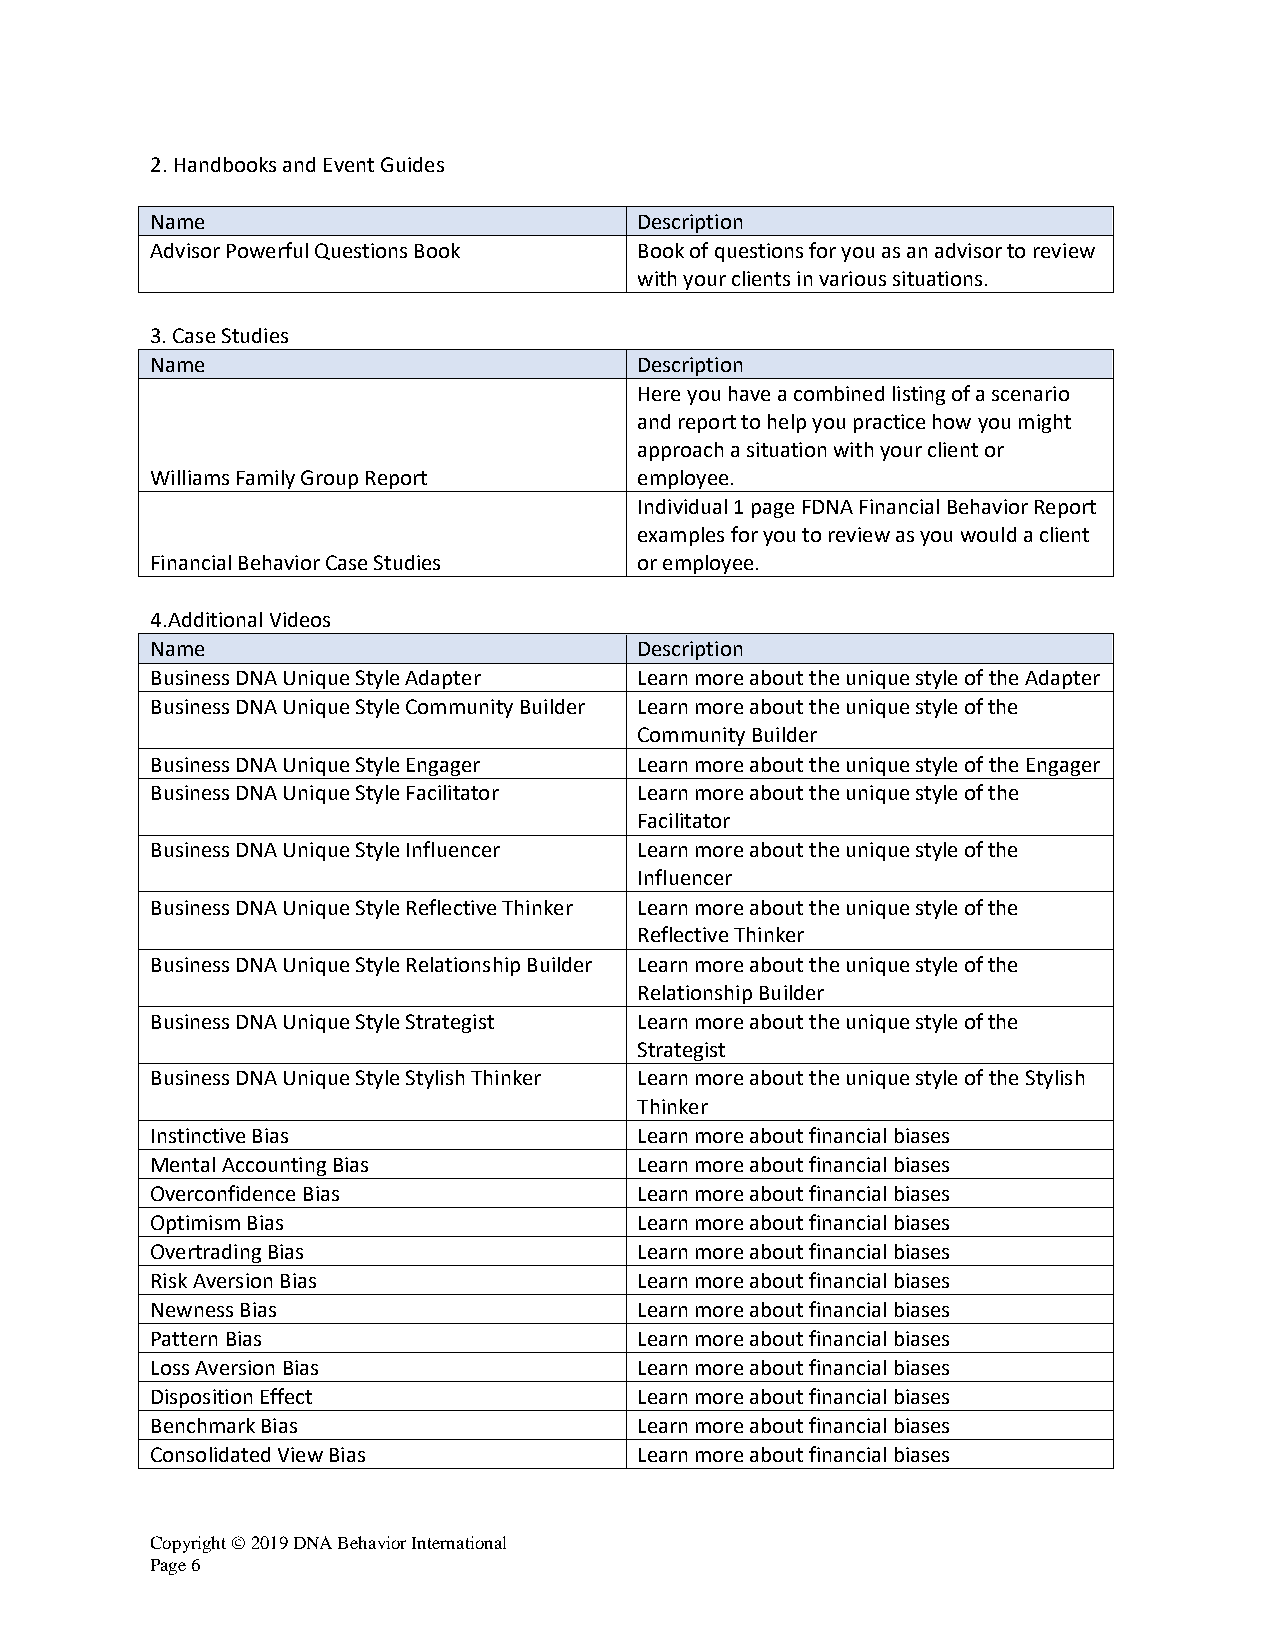
2. Handbooks and Event Guides
 Name                            Description
 Advisor Powerful Questions Book Book of questions for you as an advisor to review
 with your clients in various situations.
 3. Case Studies
 Name                            Description
 Here you have a combined listing of a scenario
 and report to help you practice how you might
 approach a situation with your client or
 Williams Family Group Report    employee.
 Individual 1 page FDNA Financial Behavior Report
 examples for you to review as you would a client
 Financial Behavior Case Studies or employee.
 4.Additional Videos
 Name                            Description
 Business DNA Unique Style Adapter Learn more about the unique style of the Adapter
 Business DNA Unique Style Community Builder Learn more about the unique style of the
 Community Builder
 Business DNA Unique Style Engager Learn more about the unique style of the Engager
 Business DNA Unique Style Facilitator Learn more about the unique style of the
 Facilitator
 Business DNA Unique Style Influencer Learn more about the unique style of the
 Influencer
 Business DNA Unique Style Reflective Thinker Learn more about the unique style of the
 Reflective Thinker
 Business DNA Unique Style Relationship Builder Learn more about the unique style of the
 Relationship Builder
 Business DNA Unique Style Strategist Learn more about the unique style of the
 Strategist
 Business DNA Unique Style Stylish Thinker Learn more about the unique style of the Stylish
 Thinker
 Instinctive Bias                Learn more about financial biases
 Mental Accounting Bias          Learn more about financial biases
 Overconfidence Bias             Learn more about financial biases
 Optimism Bias                   Learn more about financial biases
 Overtrading Bias                Learn more about financial biases
 Risk Aversion Bias              Learn more about financial biases
 Newness Bias                    Learn more about financial biases
 Pattern Bias                    Learn more about financial biases
 Loss Aversion Bias              Learn more about financial biases
 Disposition Effect              Learn more about financial biases
 Benchmark Bias                  Learn more about financial biases
 Consolidated View Bias          Learn more about financial biases
 Copyright © 2019 DNA Behavior International
 Page 6